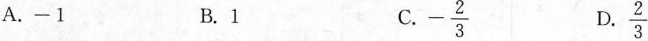
A. -1 B.1 C. - \frac{2}{3} D. \frac{2}{3}